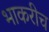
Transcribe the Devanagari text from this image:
भाकरीच